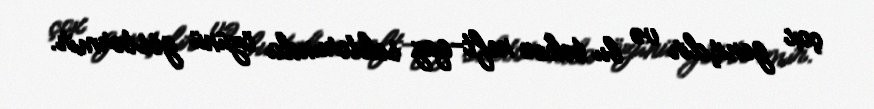
çox genişdir və bu təkcə neft-qaz sektorunda özünü göstərmir.